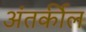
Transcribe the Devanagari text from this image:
अंतर्कील